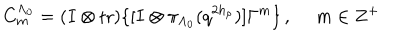
LaTeX: C _ { m } ^ { \Lambda _ { 0 } } = ( I \otimes \mathrm { t r } ) \{ [ I \otimes \pi _ { \Lambda _ { 0 } } ( q ^ { 2 h _ { \rho } } ) ] \Gamma ^ { m } \} \, , ~ ~ m \in { \bf Z } ^ { + }